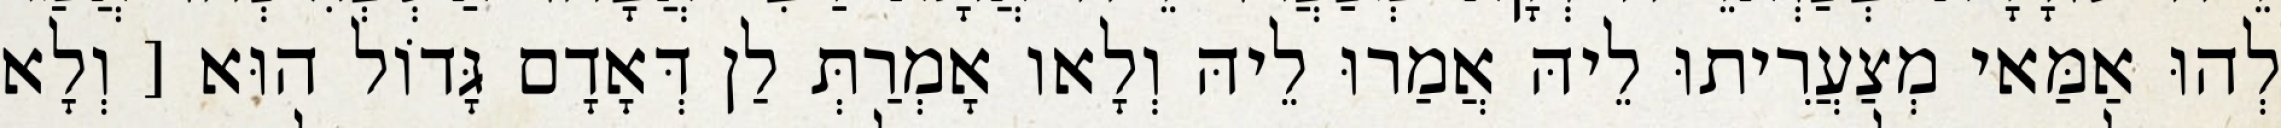
לְהוּ אַמַּאי מְצַעֲרִיתוּ לֵיהּ אֲמַרוּ לֵיהּ וְלָאו אָמְרַתְּ לַן דְּאָדָם גָּדוֹל הוּא [ וְלָא